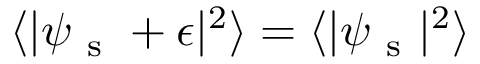
\langle | \psi _ { \mathrm { ~ s ~ } } + \epsilon | ^ { 2 } \rangle = \langle | \psi _ { \mathrm { ~ s ~ } } | ^ { 2 } \rangle